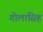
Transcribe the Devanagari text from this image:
गोलासिह